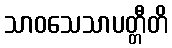
သာဝသေသာပတ္တီတိ